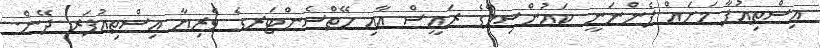
އިސްތިއުފާ މަށައް ފެންނަނީ ކައުންސިލްގެ ރައީސް އާއި ހޭތްސެންޓަރގެ ވެރިޔާ އިސްތިއުފަރ ދޭން.